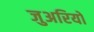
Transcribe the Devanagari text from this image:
जुअरियो